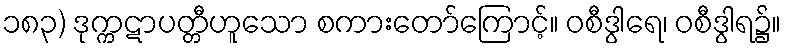
၁၈၃) ဒုက္ကဋာပတ္တီဟူသော စကားတော်ကြောင့်။ ဝစီဒွါရေ၊ ဝစီဒွါရ၌။